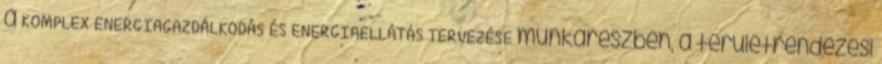
a KOMPLEX ENERGIAGAZDÁLKODÁS ÉS ENERGIAELLÁTÁS TERVEZÉSE munkarészben, a területrendezési